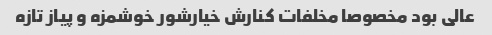
عالی بود مخصوصا مخلفات کنارش خیارشور خوشمزه و پیاز تازه